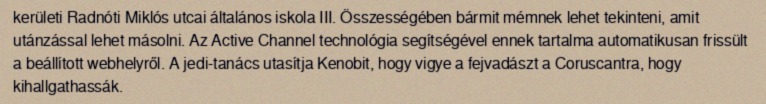
kerületi Radnóti Miklós utcai általános iskola III. Összességében bármit mémnek lehet tekinteni, amit utánzással lehet másolni. Az Active Channel technológia segítségével ennek tartalma automatikusan frissült a beállított webhelyről. A jedi-tanács utasítja Kenobit, hogy vigye a fejvadászt a Coruscantra, hogy kihallgathassák.